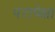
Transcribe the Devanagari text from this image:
परापेक्षा